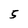
Character: 5